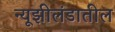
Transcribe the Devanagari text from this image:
न्यूझीलंडातील